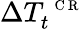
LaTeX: \Delta T_{t}^{\mathrm{~\scriptsize~C~R~}}